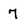
Character: 7